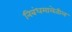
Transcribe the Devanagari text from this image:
निबंधमालेतील